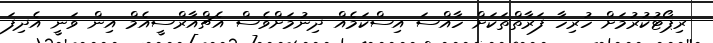
ރިޕޯޓުކުރުމަށް ހުރިހާ ފަރާތްތަކަށް ހާއްސަ އިސްކަމެއް ދިނުމަށްވެސް އެޗްއާރްސީއެމް އިން ވަނީ އެދިފަ